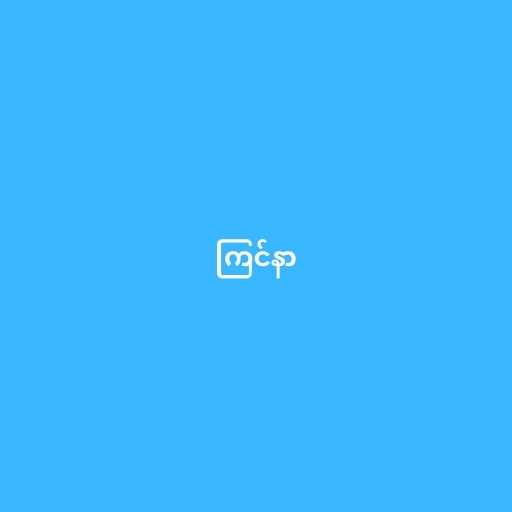
ကြင်နာ